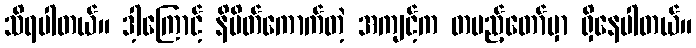
သိရပါတယ်။ ဒါ့ကြောင့် နိမိတ်ကောက်တဲ့ အကျင့်က တပည့်တော်မှာ ရှိနေပါတယ်။